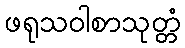
ဖရုသဝါစာသုတ္တံ